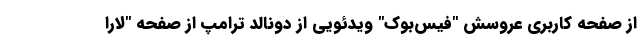
از صفحه کاربری عروسش "فیس‌بوک" ویدئویی از دونالد ترامپ از صفحه "لارا